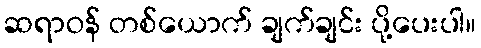
ဆရာဝန် တစ်ယောက် ချက်ချင်း ပို့ပေးပါ။